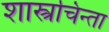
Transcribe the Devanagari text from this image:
शास्त्रचिन्ता